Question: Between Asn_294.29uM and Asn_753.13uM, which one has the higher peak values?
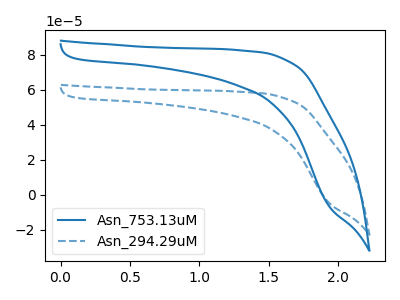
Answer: <think>The blue curve "Asn_753.13uM" has no peaks. The blue dashed curve "Asn_294.29uM" has no peaks.</think>
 <answer>Niether CV has any peaks.</answer>
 <eval>blanks</eval>